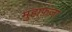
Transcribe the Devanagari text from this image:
मुहाफ़ज़ा